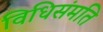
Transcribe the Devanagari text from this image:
विधिसंमति